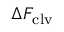
\Delta F _ { \mathrm { c l v } }